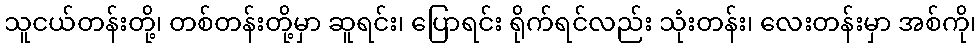
သူငယ်တန်းတို့၊ တစ်တန်းတို့မှာ ဆူရင်း၊ ပြောရင်း ရိုက်ရင်လည်း သုံးတန်း၊ လေးတန်းမှာ အစ်ကို၊